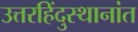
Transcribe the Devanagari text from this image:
उत्तरहिंदुस्थानांत